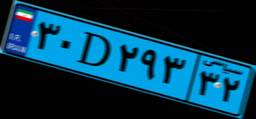
۳۰D۲۹۳۳۲